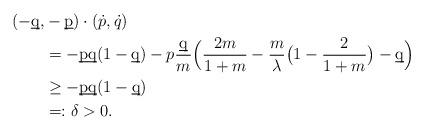
LaTeX: \begin{align*} (-\underbar{q}, &-\underbar{p}) \cdot ( \dot{p}, \dot{q} ) \\ &=-\underbar{p}\underbar{q}(1-\underbar{q}) - p \frac{\underbar{q}}{m}\Big( \frac{2m}{1+m} - \frac{m}{ \lambda} \big( 1-\frac{2}{1+m} \big) - \underbar{q}\Big)\\ &\ge -\underbar{p}\underbar{q}(1-\underbar{q}) \\ &=: \delta >0.\end{align*}